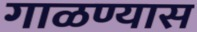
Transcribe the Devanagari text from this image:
गाळण्यास